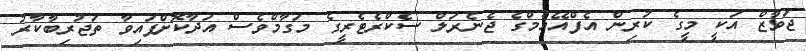
ޖަވާޒް އަކީ މީގެ ކުރިން އެފްއޭއެމްގެ ޖެނެރަލް ސެކްރެޓެރީގެ މަގާމްވެސް އަދާކޮށްފައިވާ ތަޖުރިބާކާރު